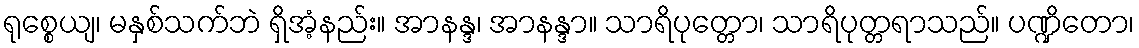
ရုစ္စေယျ၊ မနှစ်သက်ဘဲ ရှိအံ့နည်း။ အာနန္ဒ၊ အာနန္ဒာ။ သာရိပုတ္တော၊ သာရိပုတ္တရာသည်။ ပဏ္ဍိတော၊